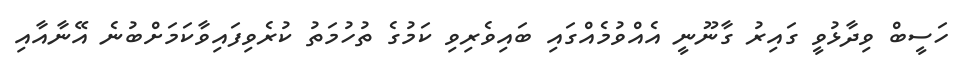
ހަސީބް ވިދާޅުވީ ގައިރު ގާނޫނީ އެއްވުމެއްގައި ބައިވެރިވި ކަމުގެ ތުހުމަތު ކުރެވިފައިވާކަމަށްބުނެ އޭނާއާއި